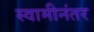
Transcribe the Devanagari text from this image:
स्वामीनंतर